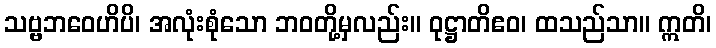
သဗ္ဗဘဝေဟိပိ၊ အလုံးစုံသော ဘဝတို့မှလည်း။ ဝုဋ္ဌာတိဧဝ၊ ထသည်သာ။ ဣတိ၊